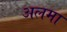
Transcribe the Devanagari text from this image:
अलमा